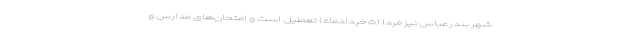
شهر بندرعباس نیز فردا (۵ خردادماه) تعطیل است و امتحان‌های مدارس و